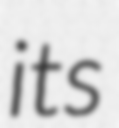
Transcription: its